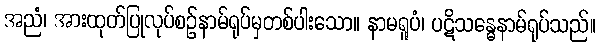
အညံ၊ အားထုတ်ပြုလုပ်စဉ်နာမ်ရုပ်မှတစ်ပါးသော။ နာမရူပံ၊ ပဋိသန္ဓေနာမ်ရုပ်သည်။